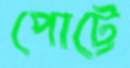
পোট্টে